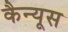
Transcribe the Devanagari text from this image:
कैन्यूस